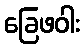
ခြေဖဝါး